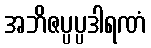
အဘိဇပ္ပပ္ပဒါရဏံ